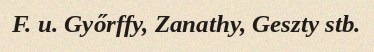
F. u. Győrffy, Zanathy, Geszty stb.